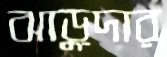
ঝাড়ুদার